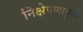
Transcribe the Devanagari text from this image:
निक्षेपणामुळे